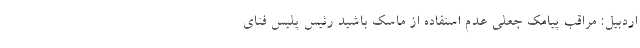
اردبیل: مراقب پیامک جعلی عدم استفاده از ماسک باشید رئیس پلیس فتای